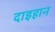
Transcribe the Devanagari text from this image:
दाइहान